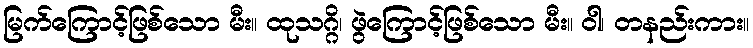
မြက်ကြောင့်ဖြစ်သော မီး။ ထုသဂ္ဂိ၊ ဖွဲကြောင့်ဖြစ်သော မီး။ ဝါ၊ တနည်းကား။